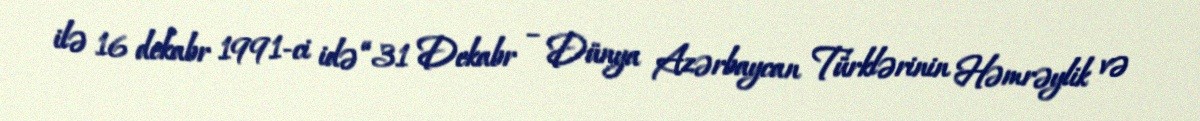
ilə 16 dekabr 1991-ci idə “31 Dekabr – Dünya Azərbaycan Türklərinin Həmrəylik və